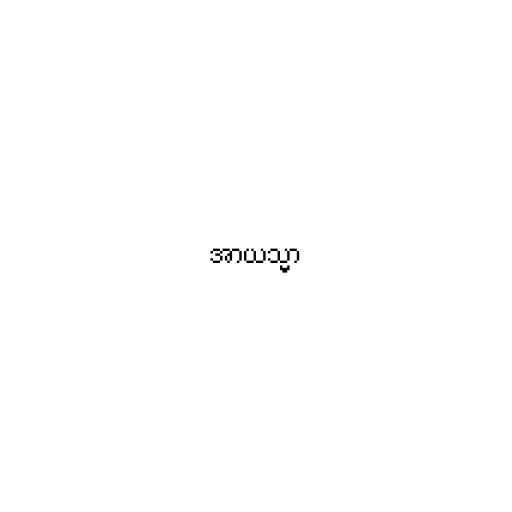
အာယသ္မာ